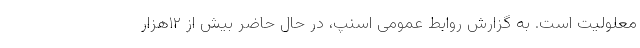
معلولیت است. به گزارش روابط عمومی اسنپ، در حال حاضر بیش از ۱۲هزار